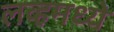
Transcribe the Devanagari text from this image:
लव्हमध्ये